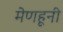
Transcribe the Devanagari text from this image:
मेणहूनी